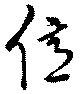
億